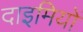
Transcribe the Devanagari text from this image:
दाइमियों